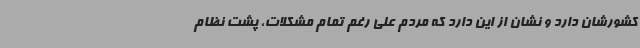
کشورشان دارد و نشان از این دارد که مردم علی رغم تمام مشکلات، پشت نظام